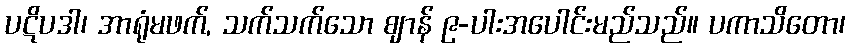
ပဋိပဒါ၊ အာရုံမဖက်, သက်သက်သော ဈာန် ၉-ပါးအပေါင်းမည်သည်။ ပကာသိတော၊